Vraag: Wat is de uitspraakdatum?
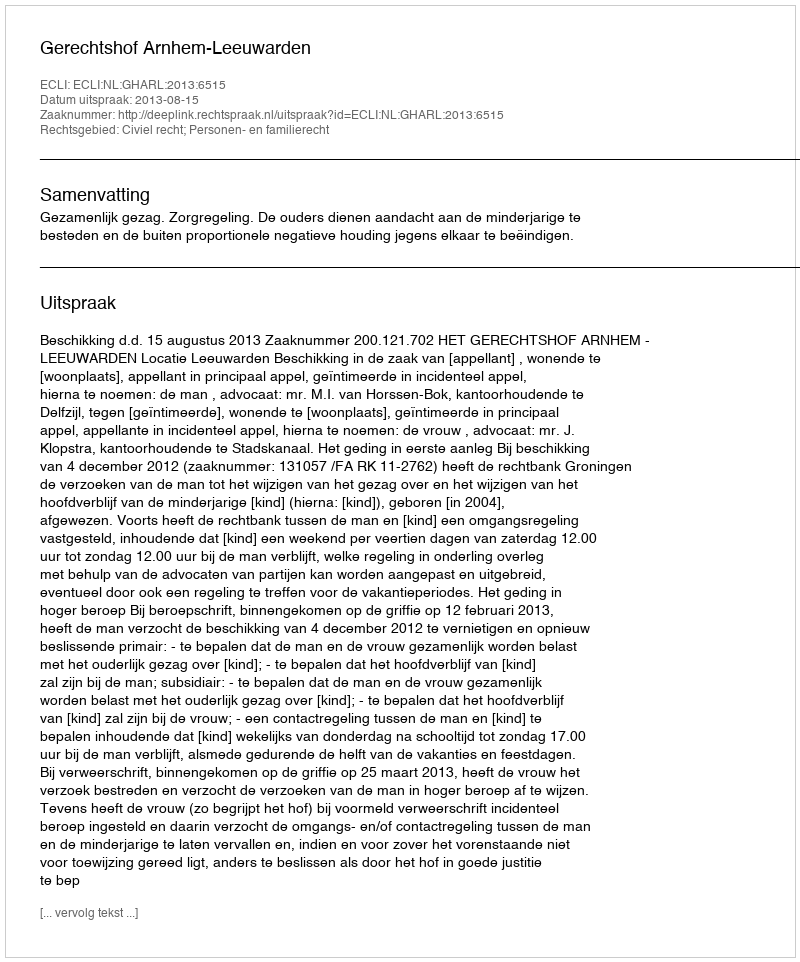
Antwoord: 2013-08-15